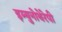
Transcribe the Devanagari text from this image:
इम्युनोथेरेपी